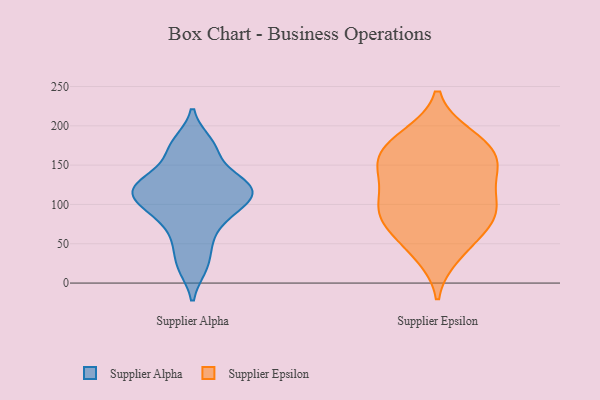
{"axis": {"x": "Bounce Rate (%)", "y": "Value"}, "legend": ["Supplier Alpha", "Supplier Epsilon"], "data": [{"x": "", "y": 125, "type": "Supplier Alpha"}, {"x": "", "y": 179, "type": "Supplier Alpha"}, {"x": "", "y": 94, "type": "Supplier Alpha"}, {"x": "", "y": 51, "type": "Supplier Alpha"}, {"x": "", "y": 128, "type": "Supplier Alpha"}, {"x": "", "y": 20, "type": "Supplier Alpha"}, {"x": "", "y": 164, "type": "Supplier Alpha"}, {"x": "", "y": 106, "type": "Supplier Alpha"}, {"x": "", "y": 81, "type": "Supplier Alpha"}, {"x": "", "y": 126, "type": "Supplier Alpha"}, {"x": "", "y": 113, "type": "Supplier Alpha"}, {"x": "", "y": 90, "type": "Supplier Epsilon"}, {"x": "", "y": 129, "type": "Supplier Epsilon"}, {"x": "", "y": 145, "type": "Supplier Epsilon"}, {"x": "", "y": 88, "type": "Supplier Epsilon"}, {"x": "", "y": 75, "type": "Supplier Epsilon"}, {"x": "", "y": 142, "type": "Supplier Epsilon"}, {"x": "", "y": 94, "type": "Supplier Epsilon"}, {"x": "", "y": 187, "type": "Supplier Epsilon"}, {"x": "", "y": 36, "type": "Supplier Epsilon"}, {"x": "", "y": 164, "type": "Supplier Epsilon"}, {"x": "", "y": 177, "type": "Supplier Epsilon"}, {"x": "", "y": 109, "type": "Supplier Epsilon"}, {"x": "", "y": 45, "type": "Supplier Epsilon"}, {"x": "", "y": 151, "type": "Supplier Epsilon"}, {"x": "", "y": 67, "type": "Supplier Epsilon"}, {"x": "", "y": 185, "type": "Supplier Epsilon"}, {"x": "", "y": 95, "type": "Supplier Epsilon"}, {"x": "", "y": 160, "type": "Supplier Epsilon"}]}